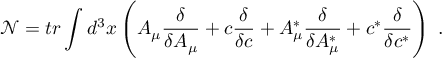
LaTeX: \mathcal { N } = t r \int d ^ { 3 } x \left( A _ { \mu } \frac \delta { \delta A _ { \mu } } + c \frac \delta { \delta c } + A _ { \mu } ^ { * } \frac \delta { \delta A _ { \mu } ^ { * } } + c ^ { * } \frac \delta { \delta c ^ { * } } \right) \; .